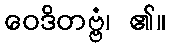
ဝေဒိတဗ္ဗံ၊ ၏။